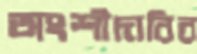
অংশীদারির